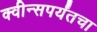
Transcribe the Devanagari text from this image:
क्वीन्सपर्यंतचा